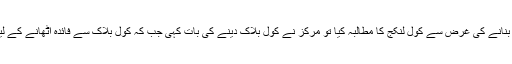
ان کے مطابق ریاستی حکومت نے مرکز سے بجلی کے معاملے میں ریاست کو خود کفیل بنانے کی غرض سے کول لنکج کا مطالبہ کیا تو مرکز نے کول بلاک دینے کی بات کہی جب کہ کول بلاک سے فائدہ اٹھانے کے لیے خود کو تیار اور آمادہ کیا تو مرکز نے کول بلاک کے معاملے کو بھی التوا میں ڈال دیا۔